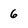
Character: 6